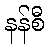
နန်စီ